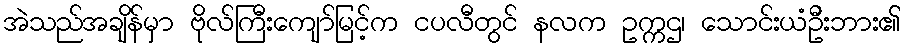
အဲသည်အချိန်မှာ ဗိုလ်ကြီးကျော်မြင့်က ငပလီတွင် နလက ဥက္ကဌ၊ သောင်းယံဦးဘား၏